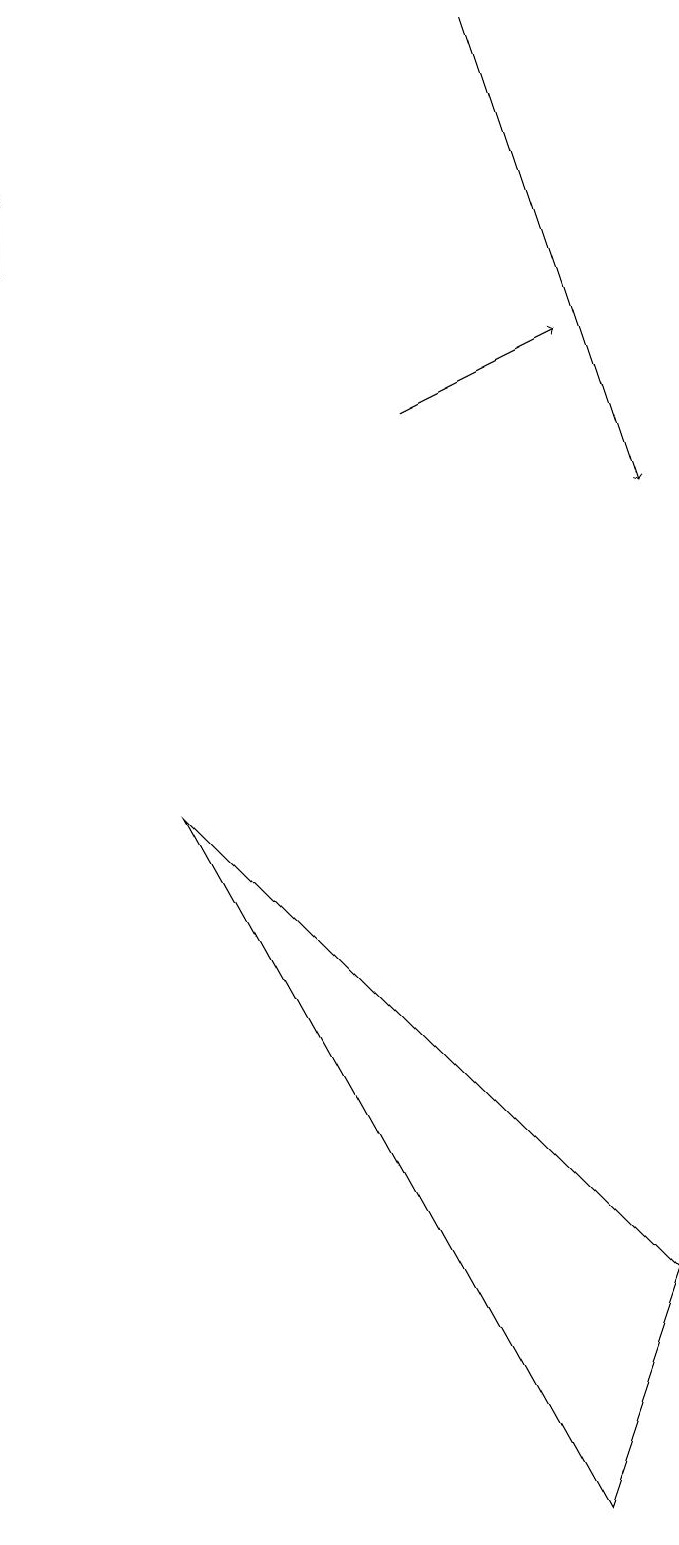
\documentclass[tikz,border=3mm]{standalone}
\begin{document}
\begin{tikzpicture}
\draw[->] (6,14) -- (8,15);
\draw[->] (7,19) -- (9,13);
\draw[->] (1,16) -- (1,17);
\draw (3,9) -- (9,3) -- (8,0) -- cycle;
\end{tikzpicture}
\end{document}